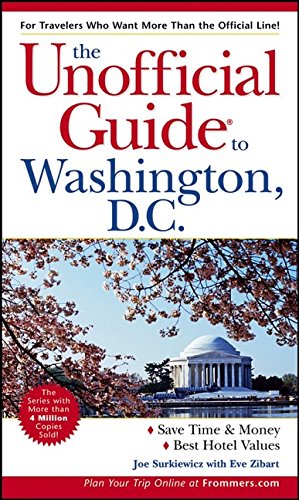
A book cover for The Unofficial Guide to Washington, D.C. (Unofficial Guides); Joe Surkiewicz; Travel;